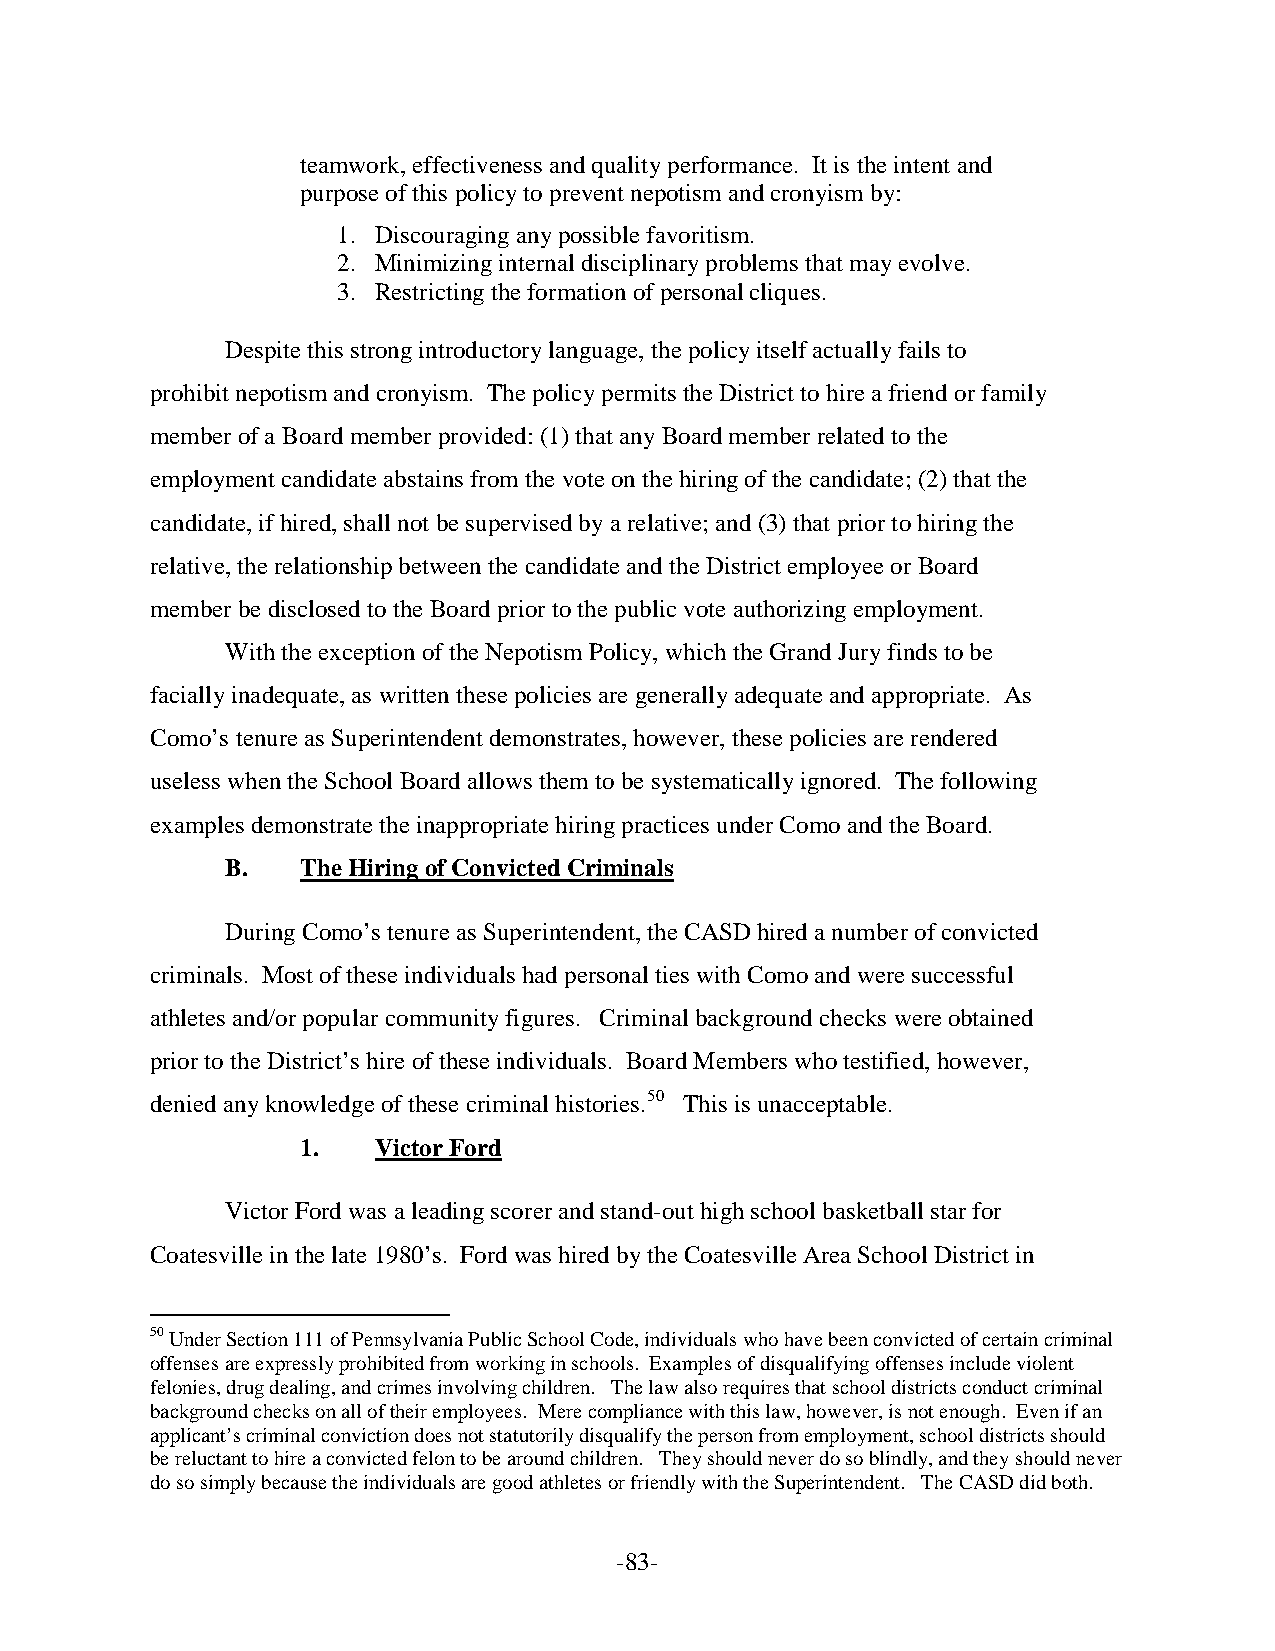
teamwork, effectiveness and quality performance. It is the intent and
 purpose of this policy to prevent nepotism and cronyism by:
 1. Discouraging any possible favoritism.
 2. Minimizing internal disciplinary problems that may evolve.
 3. Restricting the formation of personal cliques.
 Despite this strong introductory language, the policy itself actually fails to
 prohibit nepotism and cronyism. The policy permits the District to hire a friend or family
 member of a Board member provided: (1) that any Board member related to the
 employment candidate abstains from the vote on the hiring of the candidate; (2) that the
 candidate, if hired, shall not be supervised by a relative; and (3) that prior to hiring the
 relative, the relationship between the candidate and the District employee or Board
 member be disclosed to the Board prior to the public vote authorizing employment.
 With the exception of the Nepotism Policy, which the Grand Jury finds to be
 facially inadequate, as written these policies are generally adequate and appropriate. As
 Como’s tenure as Superintendent demonstrates, however, these policies are rendered
 useless when the School Board allows them to be systematically ignored. The following
 examples demonstrate the inappropriate hiring practices under Como and the Board.
 B.   The Hiring of Convicted Criminals
 During Como’s tenure as Superintendent, the CASD hired a number of convicted
 criminals. Most of these individuals had personal ties with Como and were successful
 athletes and/or popular community figures. Criminal background checks were obtained
 prior to the District’s hire of these individuals. Board Members who testified, however,
 denied any knowledge of these criminal histories.50 This is unacceptable.
 1.   Victor Ford
 Victor Ford was a leading scorer and stand-out high school basketball star for
 Coatesville in the late 1980’s. Ford was hired by the Coatesville Area School District in
 50 Under Section 111 of Pennsylvania Public School Code, individuals who have been convicted of certain criminal
 offenses are expressly prohibited from working in schools. Examples of disqualifying offenses include violent
 felonies, drug dealing, and crimes involving children. The law also requires that school districts conduct criminal
 background checks on all of their employees. Mere compliance with this law, however, is not enough. Even if an
 applicant’s criminal conviction does not statutorily disqualify the person from employment, school districts should
 be reluctant to hire a convicted felon to be around children. They should never do so blindly, and they should never
 do so simply because the individuals are good athletes or friendly with the Superintendent. The CASD did both.
 -83-